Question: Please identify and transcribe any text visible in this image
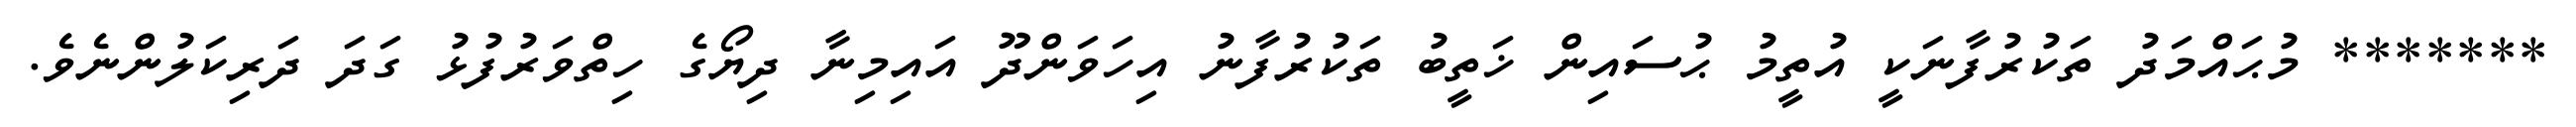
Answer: ******* މުޙައްމަދު ތަކުރުފާނަކީ އުތީމު ޙުސައިން ޚަތީބު ތަކުރުފާނު އިހަވަންދޫ އައިމިނާ ދިޔޯގެ ހިތްވަރުފުޅު ގަދަ ދަރިކަލުންނެވެ.